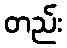
တည်း